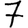
Digit: 7